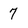
Character: 7